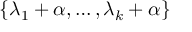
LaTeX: \{ \lambda _ { 1 } + \alpha , \ldots , \lambda _ { k } + \alpha \}